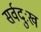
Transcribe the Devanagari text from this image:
सर्वदुःख